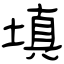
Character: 填